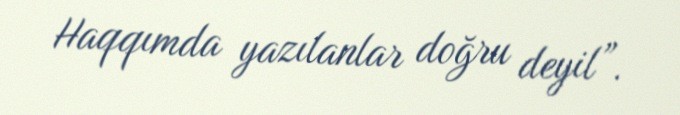
Haqqımda yazılanlar doğru deyil”.